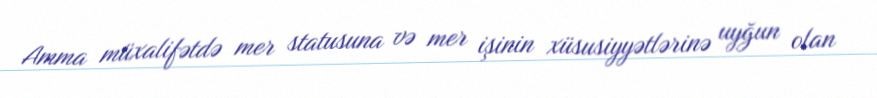
Amma müxalifətdə mer statusuna və mer işinin xüsusiyyətlərinə uyğun olan